Indian journal of veterinary science and animal husbandry - Volume 4,
Year: 1934
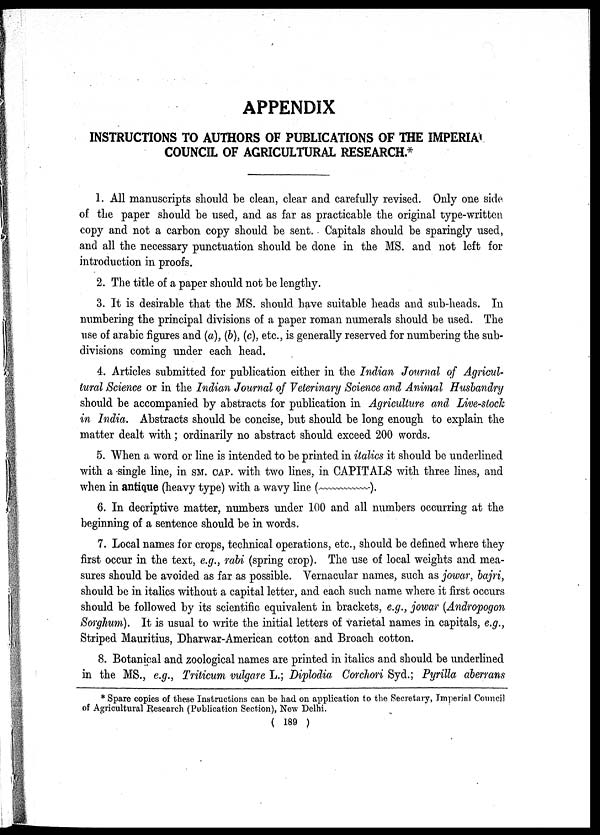
APPENDIX
INSTRUCTIONS TO AUTHORS OF PUBLICATIONS OF THE IMPERIAL
COUNCIL OF AGRICULTURAL RESEARCH.*
1. All manuscripts should be clean, clear and carefully revised. Only one side
of the paper should be used, and as far as practicable the original type-written
copy and not a carbon copy should be sent. Capitals should be sparingly used,
and all the necessary punctuation should be done in the MS. and not left for
introduction in proofs.
2. The title of a paper should not be lengthy.
3. It is desirable that the MS. should have suitable heads and sub-heads. In
numbering the principal divisions of a paper roman numerals should be used. The
use of arabic figures and (a), (b), (c), etc., is generally reserved for numbering the sub-
divisions coming under each head.
4. Articles submitted for publication either in the Indian Journal of Agricul¬
tural Science or in the Indian Journal of Veterinary Science and Animal Husbandry
should be accompanied by abstracts for publication in Agriculture and Live-stock
in India. Abstracts should be concise, but should be long enough to explain the
matter dealt with; ordinarily no abstract should exceed 200 words.
5. When a word or line is intended to be printed in italics it should be underlined
with a single line, in SM. CAP. with two lines, in CAPITALS with three lines, and
when in antique (heavy type) with a wavy line (————).
6. In decriptive matter, numbers under 100 and all numbers occurring at the
beginning of a sentence should be in words.
7. Local names for crops, technical operations, etc., should be defined where they
first occur in the text, e.g., rabi (spring crop). The use of local weights and mea-
sures should be avoided as far as possible. Vernacular names, such as jowar, bajri,
should be in italics without a capital letter, and each such name where it first occurs
should be followed by its scientific equivalent in brackets, e.g., jowar (Andropogon
Sorghum). It is usual to write the initial letters of varietal names in capitals, e.g.,
Striped Mauritius, Dharwar-American cotton and Broach cotton.
8. Botanical and zoological names are printed in italics and should be underlined
in the MS., e.g., Triticum vulgare L.; Diplodia Corchori Syd.; Pyrilla aberrans
* Spare copies of these Instructions can be had on application to the Secretary, Imperial Council
of Agricultural Research (Publication Section), New Delhi.
( 189 )